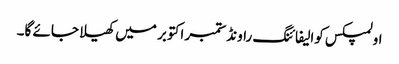
اولمپکس کوالیفائنگ راونڈ ستمبر اکتوبر میں کھیلا جائے گا۔